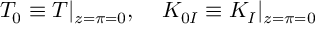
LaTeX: T _ { 0 } \equiv T | _ { z = \pi = 0 } , \; \; \; \; { \cal K } _ { 0 I } \equiv { \cal K } _ { I } | _ { z = \pi = 0 }